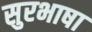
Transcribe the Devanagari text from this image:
सुरभाषा